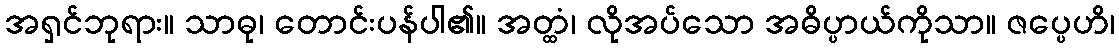
အရှင်ဘုရား။ သာဓု၊ တောင်းပန်ပါ၏။ အတ္ထံ၊ လိုအပ်သော အဓိပ္ပာယ်ကိုသာ။ ဇပ္ပေဟိ၊